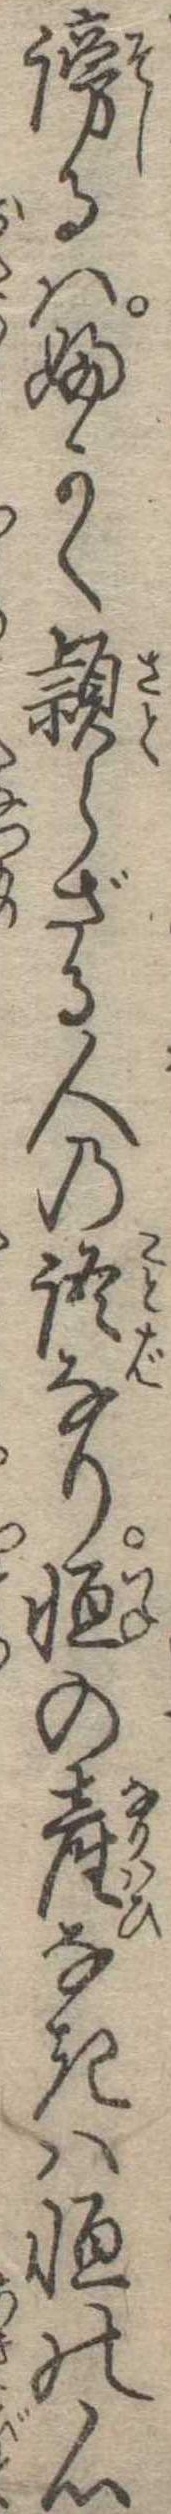
謗るはふかく頴らざる人の語なり恒の産なきは恒の心